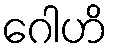
ဂေါဟိ